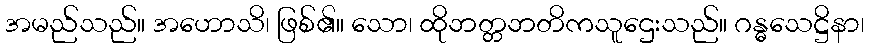
အမည်သည်။ အဟောသိ၊ ဖြစ်၏။ သော၊ ထိုဘတ္တဘတိကသူဌေးသည်။ ဂန္ဓသေဋ္ဌိနာ၊